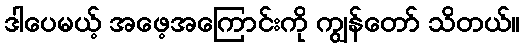
ဒါပေမယ့် အဖေ့အကြောင်းကို ကျွန်တော် သိတယ်။